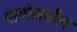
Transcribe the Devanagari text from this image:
पागोमधील